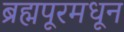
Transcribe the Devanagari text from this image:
ब्रह्मपूरमधून